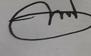
Signature authenticity: genuine